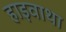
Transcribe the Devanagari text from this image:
हाइवाथा